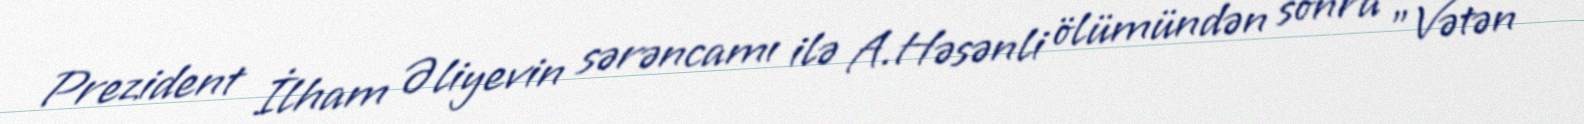
Prezident İlham Əliyevin sərəncamı ilə A.Həsənli ölümündən sonra "Vətən